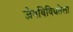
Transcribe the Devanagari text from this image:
जैवविविधतेला